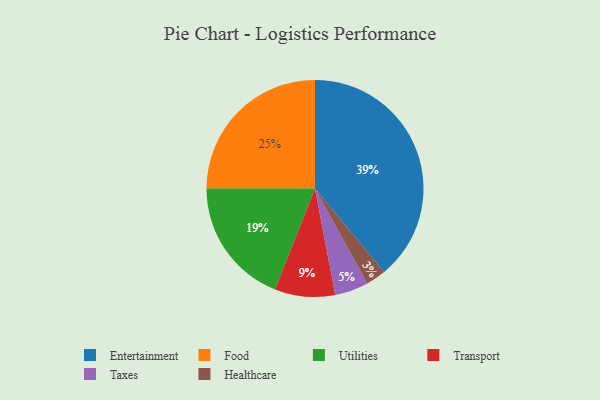
{"axis": {"x": "Category", "y": "Percentage"}, "legend": ["Entertainment", "Food", "Healthcare", "Taxes", "Transport", "Utilities"], "data": [{"x": "Healthcare", "y": 3, "type": "Healthcare"}, {"x": "Transport", "y": 9, "type": "Transport"}, {"x": "Utilities", "y": 19, "type": "Utilities"}, {"x": "Entertainment", "y": 39, "type": "Entertainment"}, {"x": "Taxes", "y": 5, "type": "Taxes"}, {"x": "Food", "y": 25, "type": "Food"}]}